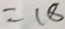
= 1 8